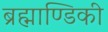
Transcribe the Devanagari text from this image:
ब्रह्माण्डिकी